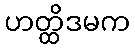
ဟတ္ထိဒမက